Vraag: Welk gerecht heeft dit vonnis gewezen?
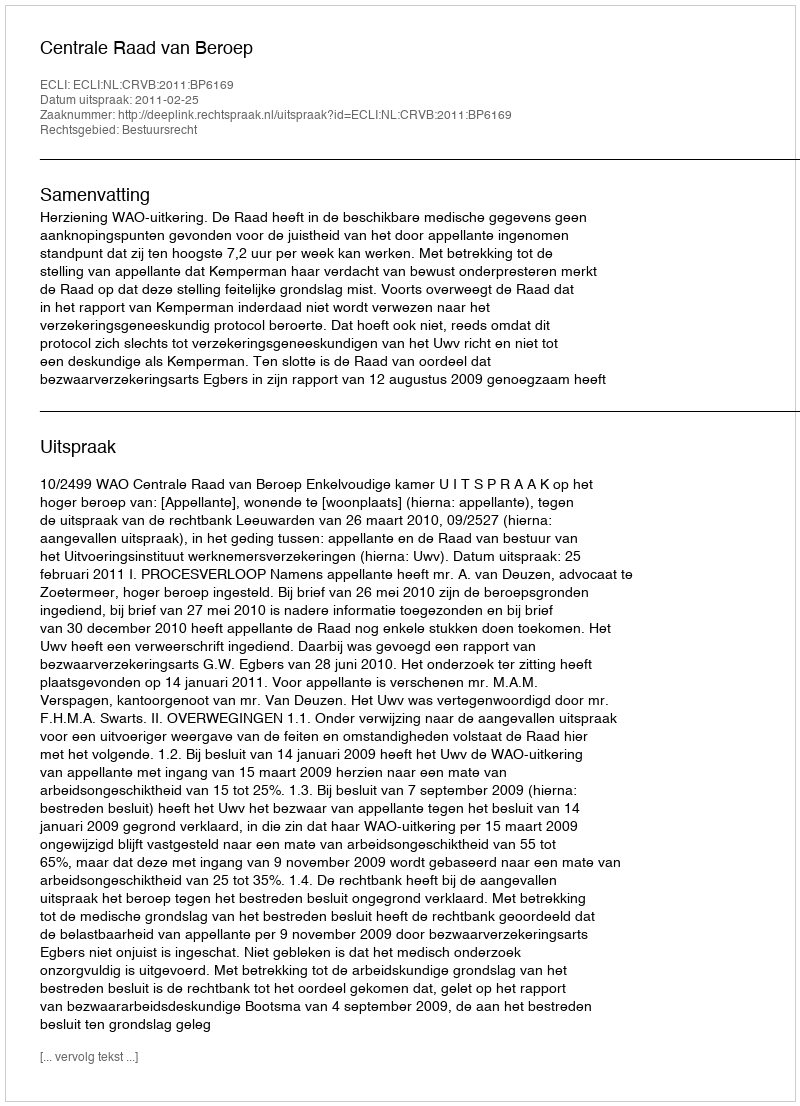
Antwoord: Centrale Raad van Beroep